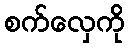
စက်လှေကို